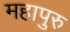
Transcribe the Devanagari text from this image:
महापुरु